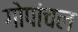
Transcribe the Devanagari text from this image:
गोपांचल